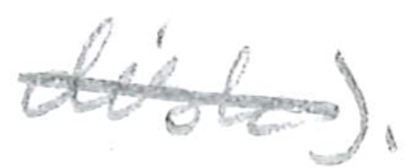
Text: disk).
Cross-out: single-line
Writing tool: pencil